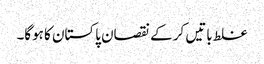
غلط باتیں کر کے نقصان پاکستان کا ہوگا۔